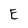
Character: E